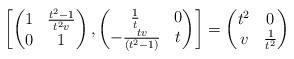
LaTeX: \begin{align*}\left[\begin{pmatrix} 1 & \frac{t^2-1}{t^2 v}\\0&1 \end{pmatrix} , \begin{pmatrix} \frac{1}{t} & 0 \\ -\frac{t v}{(t^2-1)} & t \end{pmatrix} \right] =\begin{pmatrix} t^2 & 0 \\ v & \frac{1}{t^2} \end{pmatrix}\end{align*}